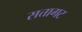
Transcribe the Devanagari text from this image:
सत्तागट